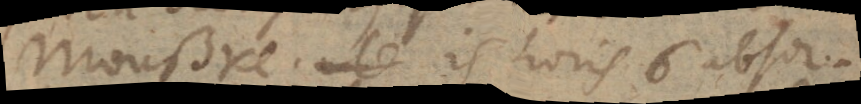
Moußke, is horis 6 absor-